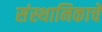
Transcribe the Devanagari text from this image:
संस्थानिकाचे